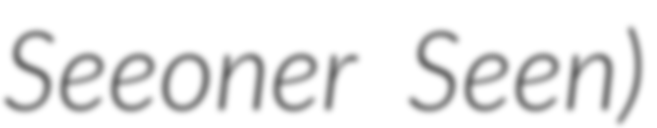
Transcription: Seeoner Seen)